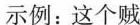
示例：这个贼